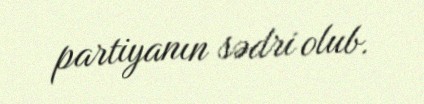
partiyanın sədri olub.